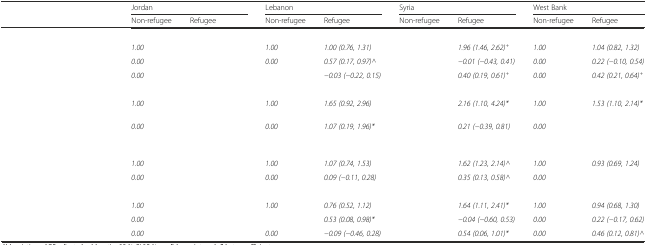
<table><thead><tr><td>[EMPTY_CELL]</td><td colspan="2"><b>Jordan</b></td><td colspan="2"><b>Lebanon</b></td><td colspan="2"><b>Syria</b></td><td colspan="2"><b>West Bank</b></td></tr><tr><td>[EMPTY_CELL]</td><td><b>Non-refugee</b></td><td><b>Refugee</b></td><td><b>Non-refugee</b></td><td><b>Refugee</b></td><td><b>Non-refugee</b></td><td><b>Refugee</b></td><td><b>Non-refugee</b></td><td><b>Refugee</b></td></tr></thead><tbody><tr><td colspan="9">[EMPTY_CELL]</td></tr><tr><td>[EMPTY_CELL]</td><td><i>1.00</i></td><td>[EMPTY_CELL]</td><td><i>1.00</i></td><td><i>1.00 (0.76, 1.31)</i></td><td>[EMPTY_CELL]</td><td><i>1.96 (1.46, 2.62)</i><sup><i>+</i></sup></td><td><i>1.00</i></td><td><i>1.04 (0.82, 1.32)</i></td></tr><tr><td>[EMPTY_CELL]</td><td><i>0.00</i></td><td>[EMPTY_CELL]</td><td><i>0.00</i></td><td><i>0.57 (0.17, 0.97)^</i></td><td>[EMPTY_CELL]</td><td><i>−0.01 (−0.43, 0.41)</i></td><td><i>0.00</i></td><td><i>0.22 (−0.10, 0.54)</i></td></tr><tr><td>[EMPTY_CELL]</td><td><i>0.00</i></td><td>[EMPTY_CELL]</td><td>[EMPTY_CELL]</td><td><i>−0.03 (−0.22, 0.15)</i></td><td>[EMPTY_CELL]</td><td><i>0.40 (0.19, 0.61)</i><sup><i>+</i></sup></td><td><i>0.00</i></td><td><i>0.42 (0.21, 0.64)</i><sup><i>+</i></sup></td></tr><tr><td colspan="9">[EMPTY_CELL]</td></tr><tr><td>[EMPTY_CELL]</td><td><i>1.00</i></td><td>[EMPTY_CELL]</td><td><i>1.00</i></td><td><i>1.65 (0.92, 2.96)</i></td><td>[EMPTY_CELL]</td><td><i>2.16 (1.10, 4.24)*</i></td><td><i>1.00</i></td><td><i>1.53 (1.10, 2.14)*</i></td></tr><tr><td>[EMPTY_CELL]</td><td><i>0.00</i></td><td>[EMPTY_CELL]</td><td><i>0.00</i></td><td><i>1.07 (0.19, 1.96)*</i></td><td>[EMPTY_CELL]</td><td><i>0.21 (−0.39, 0.81)</i></td><td><i>0.00</i></td><td>[EMPTY_CELL]</td></tr><tr><td colspan="9">[EMPTY_CELL]</td></tr><tr><td>[EMPTY_CELL]</td><td><i>1.00</i></td><td>[EMPTY_CELL]</td><td><i>1.00</i></td><td><i>1.07 (0.74, 1.53)</i></td><td>[EMPTY_CELL]</td><td><i>1.62 (1.23, 2.14)^</i></td><td><i>1.00</i></td><td><i>0.93 (0.69, 1.24)</i></td></tr><tr><td>[EMPTY_CELL]</td><td><i>0.00</i></td><td>[EMPTY_CELL]</td><td><i>0.00</i></td><td><i>0.09 (−0.11, 0.28)</i></td><td>[EMPTY_CELL]</td><td><i>0.35 (0.13, 0.58)^</i></td><td><i>0.00</i></td><td>[EMPTY_CELL]</td></tr><tr><td colspan="9">[EMPTY_CELL]</td></tr><tr><td>[EMPTY_CELL]</td><td><i>1.00</i></td><td>[EMPTY_CELL]</td><td><i>1.00</i></td><td><i>0.76 (0.52, 1.12)</i></td><td>[EMPTY_CELL]</td><td><i>1.64 (1.11, 2.41)*</i></td><td><i>1.00</i></td><td><i>0.94 (0.68, 1.30)</i></td></tr><tr><td>[EMPTY_CELL]</td><td><i>0.00</i></td><td>[EMPTY_CELL]</td><td>[EMPTY_CELL]</td><td><i>0.53 (0.08, 0.98)*</i></td><td>[EMPTY_CELL]</td><td><i>−0.04 (−0.60, 0.53)</i></td><td><i>0.00</i></td><td><i>0.22 (−0.17, 0.62)</i></td></tr><tr><td>[EMPTY_CELL]</td><td><i>0.00</i></td><td>[EMPTY_CELL]</td><td><i>0.00</i></td><td><i>−0.09 (−0.46, 0.28)</i></td><td>[EMPTY_CELL]</td><td><i>0.54 (0.06, 1.01)*</i></td><td><i>0.00</i></td><td><i>0.46 (0.12, 0.81)^</i></td></tr></tbody></table>